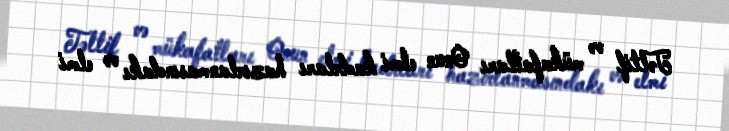
Təltif və mükafatları Onun elmi kadrları hazırlanmasındakı və elmi